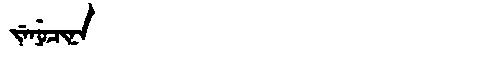
Manchu: ᠵᡝᠨᡠᠴᡳᠨᠠ
Romanization: JENUCINA